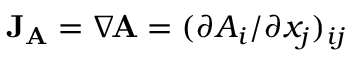
\mathbf { J } _ { \mathbf { A } } = \nabla \! \mathbf { A } = ( \partial A _ { i } / \partial x _ { j } ) _ { i j }